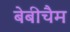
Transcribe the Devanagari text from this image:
बेबीचैम